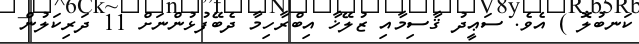
ކަނބުލޮ ) އެވެ. ސަޢީދު ޤާސިމާއި ޒުލޭޚާ އިބްރާހިމާ ދެބޭފުޅުންނަށް 11 ދަރިކަލުން